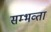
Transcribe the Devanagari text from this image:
सम्भव्ता